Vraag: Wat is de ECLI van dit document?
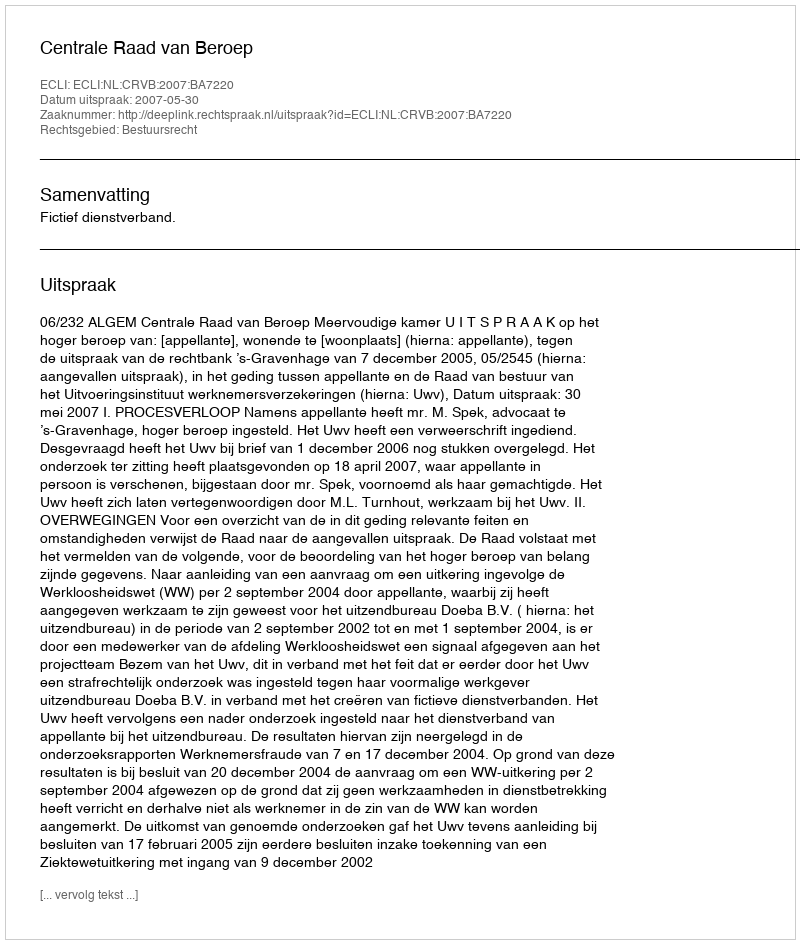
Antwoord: ECLI:NL:CRVB:2007:BA7220